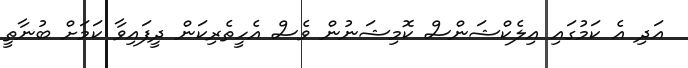
އަދި އެ ކަމުގައި އިލެކްޝަންސް ކޮމިޝަނުން ވެސް އެހީތެރިކަން ދީފައިވާ ކަމަށް ބުނާތީ